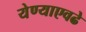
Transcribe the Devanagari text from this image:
येण्याएवढे